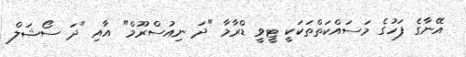
އޭނާގެ ފަހުގެ މަސައްކަތްތަކަކީ ޓީވީ ޑްރާމާ "ދަ ނިއުސްރޫމް" އާއި "ދަ ސޯޝަލް